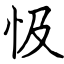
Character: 忣